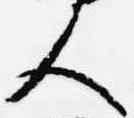
人